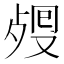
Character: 𣨏